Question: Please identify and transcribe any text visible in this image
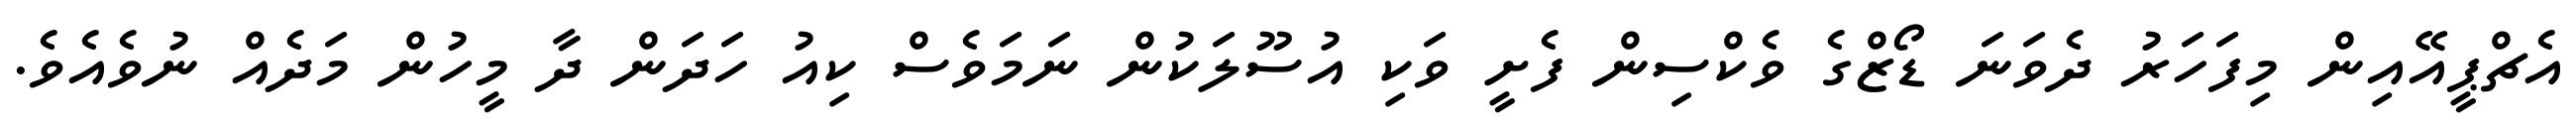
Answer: އެޗްޕީއޭއިން މިފަހަރު ދެވަނަ ޑޯޒްގެ ވެކްސިން ފެށީ ވަކި އުސޫލަކުން ނަމަވެސް ކިއު ހަދަން ދާ މީހުން މަދެއް ނުވެއެވެ.